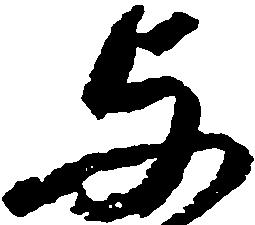
与